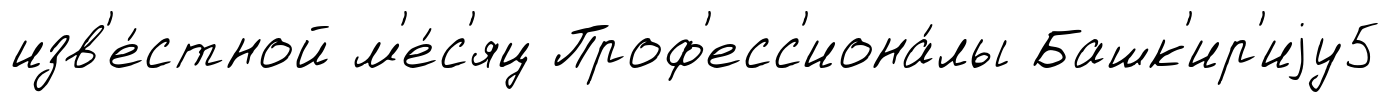
изв'е́стной м'е́с'яц Проф'есс'иона́лы Башк'ир'иjу5